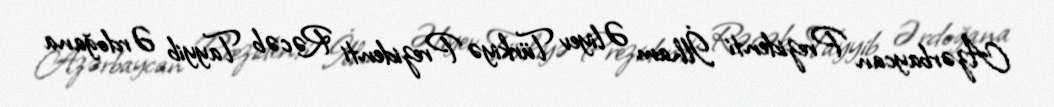
Azərbaycan Prezidenti İlham Əliyev Türkiyə Prezidenti Rəcəb Tayyib Ərdoğana